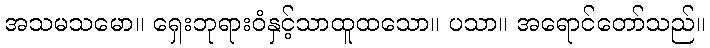
အသမသမော။ ရှေးဘုရားဝံနှင့်သာထူထသော။ ပသာ။ အရောင်တော်သည်။